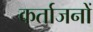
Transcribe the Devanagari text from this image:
कर्ताजनों